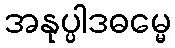
အနုပ္ပါဒဓမ္မေ